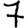
Digit: 7